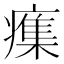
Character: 𭼫